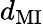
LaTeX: d_{\mathrm{MI}}